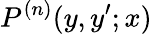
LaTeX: P^{(n)}(y,y^{\prime};x)